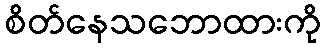
စိတ်နေသဘောထားကို